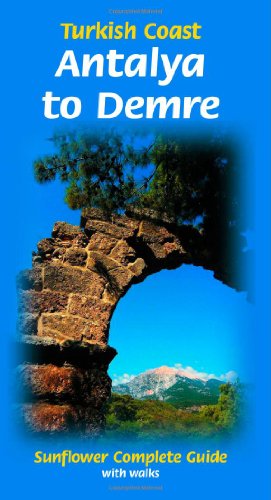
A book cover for Turkey Coast (Antalya to Demre) Sunflower Complete Series; Sunflower Books; Travel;